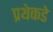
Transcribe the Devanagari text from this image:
प्रथेकडे